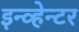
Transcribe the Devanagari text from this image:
इन्व्हेन्टर